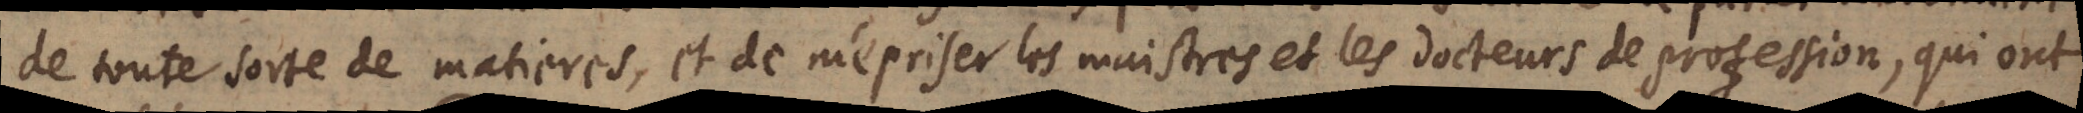
de toute sorte de matieres, et de mépriser les maistres et les docteurs, qui ont